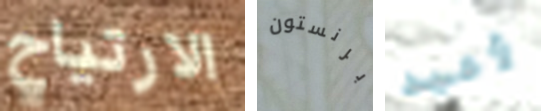
الارتياح برنستون لأعيد